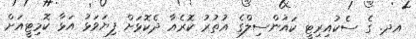
އދ. ގެ ސެކުއިރިޓީ ކައުންސިލްގެ އުތުރު ކޮރެއާ ދެކޮޅަށް ފިޔަވަޅު އަޅާ ކޮމިޓީއަށް